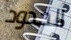
الحدود